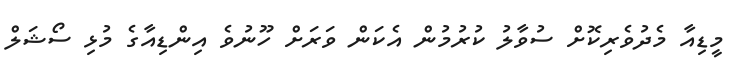
މީޑިއާ މެދުވެރިކޮށް ސުވާލު ކުރުމުން އެކަން ވަރަށް ހޫނުވެ އިންޑިއާގެ މުޅި ސޯޝަލް